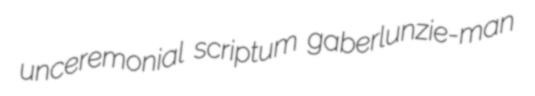
unceremonial scriptum gaberlunzie-man